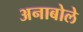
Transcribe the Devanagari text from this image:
अनाबोले